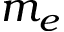
m _ { e }